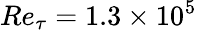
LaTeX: Re_{\tau}=1.3\times 10^{5}